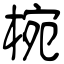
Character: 椀